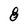
Character: 8